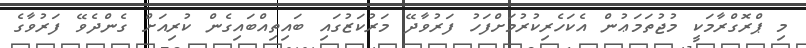
މި ޕްރޮގްރާމަކީ މުޖުތަމަޢުން އެކަހެރިކުރުމަށްފަހު ފަރުވާދޭ މަރުކަޒުގައި ބައިތިއްބައިގެން ކުރިއަށް ގެންދެވޭ ފަރުވާގެ